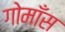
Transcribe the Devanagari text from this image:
गोमाँस